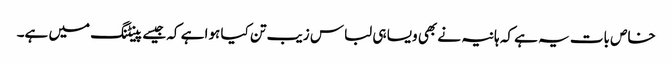
خاص بات یہ ہے کہ ہانیہ نے بھی ویسا ہی لباس زیب تن کیا ہوا ہے کہ جیسے پینٹنگ میں ہے۔